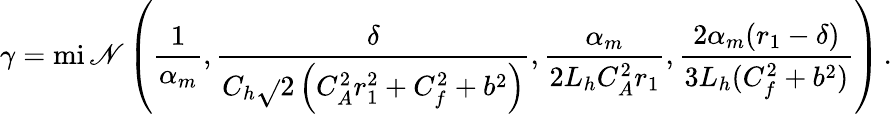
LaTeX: \gamma=\operatorname*{mi\mathscr{N}}\left(\frac{{1}}{{\alpha_{m}}},\frac{{\delta}}{{C_{h}\sqrt{}{{2\left(C_{A}^{2}r_{1}^{2}+C_{f}^{2}+b^{2}\right)}}}},\frac{{\alpha_{m}}}{{2L_{h}C_{A}^{2}r_{1}}},\frac{{2\alpha_{m}(r_{1}-\delta)}}{{3L_{h}(C_{f}^{2}+b^{2})}}\right)\, .